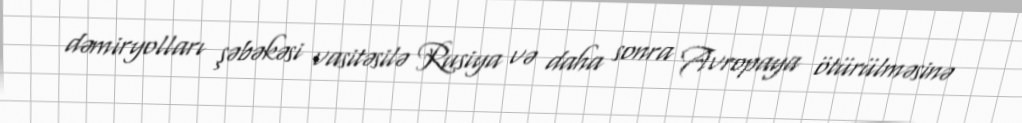
dəmiryolları şəbəkəsi vasitəsilə Rusiya və daha sonra Avropaya ötürülməsinə